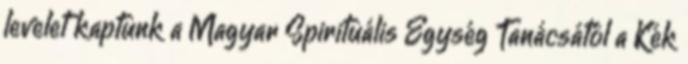
levelet kaptunk a Magyar Spirituális Egység Tanácsától a Kék